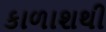
કાળાશથી